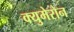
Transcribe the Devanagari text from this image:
क्युमेरोन